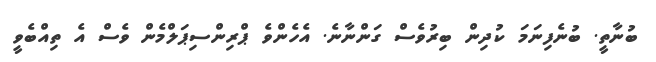
ބުނާތީ. ބުނެފިނަމަ ކުދިން ބިރުވެސް ގަންނާނެ. އެހެންވެ ޕްރިންސިޕަލްމެން ވެސް އެ ތިއްބެވީ